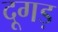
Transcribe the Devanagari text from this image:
दूगड़